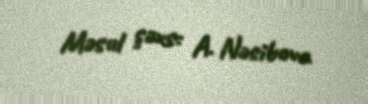
Məsul şəxs: A. Nəsibova